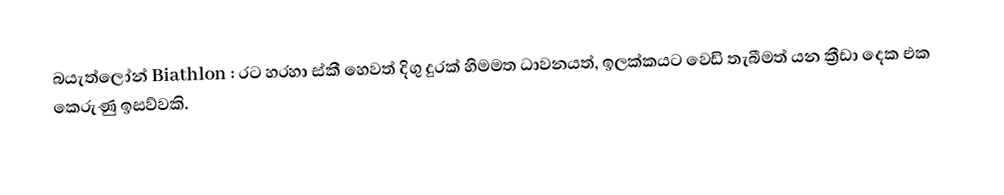
බයැත්ලෝන් Biathlon : රට හරහා ස්කී හෙවත් දිගු දුරක් හිමමත ධාවනයත්, ඉලක්කයට වෙඩි තැබීමත් යන ක්‍රීඩා දෙක එක කෙරුණු ඉසව්වකි.